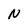
Character: N